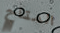
المتاح